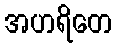
အဟရိတေ